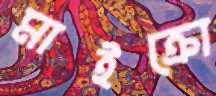
মাইক্রো